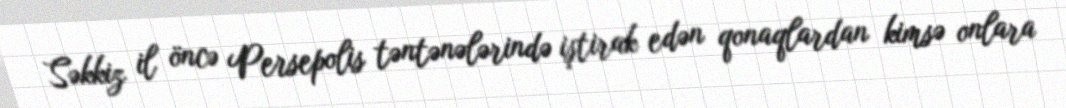
Səkkiz il öncə Persepolis təntənələrində iştirak edən qonaqlardan kimsə onlara